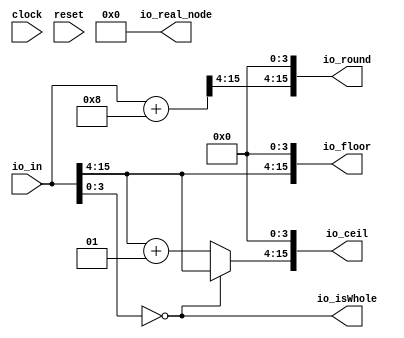
module FixedRing1( // @[:@3.2]
  input         clock, // @[:@4.4]
  input         reset, // @[:@5.4]
  input  [15:0] io_in, // @[:@6.4]
  output [15:0] io_floor, // @[:@6.4]
  output [15:0] io_ceil, // @[:@6.4]
  output        io_isWhole, // @[:@6.4]
  output [15:0] io_round, // @[:@6.4]
  output [63:0] io_real_node // @[:@6.4]
);
  wire [11:0] _T_9 = io_in[15:4]; // @[FixedPointTypeClass.scala 69:58:@11.4]
  wire [15:0] _GEN_0 = {$signed(_T_9), 4'h0}; // @[FixedPointTypeClass.scala 70:40:@14.4]
  wire  _T_12 = $signed(io_in) == $signed(_GEN_0); // @[FixedPointTypeClass.scala 70:40:@14.4]
  wire [12:0] _T_17 = $signed(_T_9) + 12'sh1; // @[FixedPointTypeClass.scala 25:22:@17.4]
  wire [12:0] _T_20 = _T_12 ? $signed({{1{_T_9[11]}},_T_9}) : $signed(_T_17); // @[FixedPointTypeClass.scala 187:8:@18.4]
  wire [16:0] _T_24 = $signed(io_in) + 16'sh8; // @[FixedPointTypeClass.scala 25:22:@23.4]
  wire [12:0] _T_26 = _T_24[16:4]; // @[FixedPointTypeClass.scala 69:58:@24.4]
  wire [16:0] _GEN_2 = {$signed(_T_20), 4'h0};
  wire [16:0] _GEN_5 = {$signed(_T_26), 4'h0};
  assign io_floor = {$signed(_T_9), 4'h0};
  assign io_ceil = _GEN_2[15:0];
  assign io_isWhole = $signed(io_in) == $signed(_GEN_0); // @[FixedPointTypeClass.scala 70:40:@21.4]
  assign io_round = _GEN_5[15:0];
  assign io_real_node = 64'h0;
endmodule